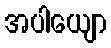
အပါယျော